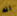
انه